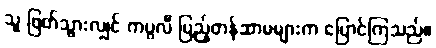
သူ ဖြတ်သွားလျှင် ကပ္ပလီ ပြည့်တန်ဆာမများက ပြောင်ကြသည်။